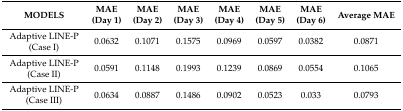
<table><thead><tr><td><b>MODELS</b></td><td><b>MAE (Day 1)</b></td><td><b>MAE (Day 2)</b></td><td><b>MAE (Day 3)</b></td><td><b>MAE (Day 4)</b></td><td><b>MAE (Day 5)</b></td><td><b>MAE (Day 6)</b></td><td><b>Average MAE</b></td></tr></thead><tbody><tr><td>Adaptive LINE-P (Case I)</td><td>0.0632</td><td>0.1071</td><td>0.1575</td><td>0.0969</td><td>0.0597</td><td>0.0382</td><td>0.0871</td></tr><tr><td>Adaptive LINE-P (Case II)</td><td>0.0591</td><td>0.1148</td><td>0.1993</td><td>0.1239</td><td>0.0869</td><td>0.0554</td><td>0.1065</td></tr><tr><td>Adaptive LINE-P (Case III)</td><td>0.0634</td><td>0.0887</td><td>0.1486</td><td>0.0902</td><td>0.0523</td><td>0.033</td><td>0.0793</td></tr></tbody></table>